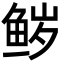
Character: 𮬝